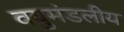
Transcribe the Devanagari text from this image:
वयुमंडलीय